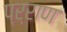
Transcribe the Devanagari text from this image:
प्र्राण